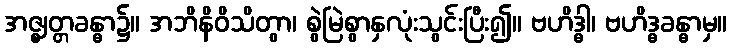
အဇ္ဈတ္တခန္ဓာ၌။ အဘိနိဝိသိတွာ၊ စွဲမြဲစွာနှလုံးသွင်းပြီး၍။ ဗဟိဒ္ဓါ၊ ဗဟိဒ္ဓခန္ဓာမှ။